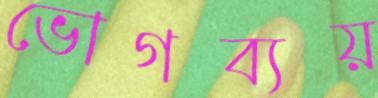
ভোগব্যয়